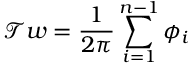
\mathcal { T } w = \frac { 1 } { 2 \pi } \sum _ { i = 1 } ^ { n - 1 } \phi _ { i }